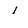
Character: 1